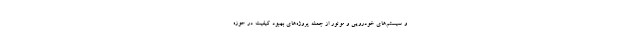
و سیستم‌های خودرویی و موتور از جمله پروژه‌های بهبود کیفیت در حوزه